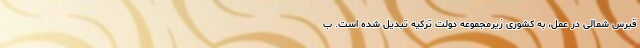
قبرس شمالی در عمل، به کشوری زیرمجموعه دولت ترکیه تبدیل شده است. ب